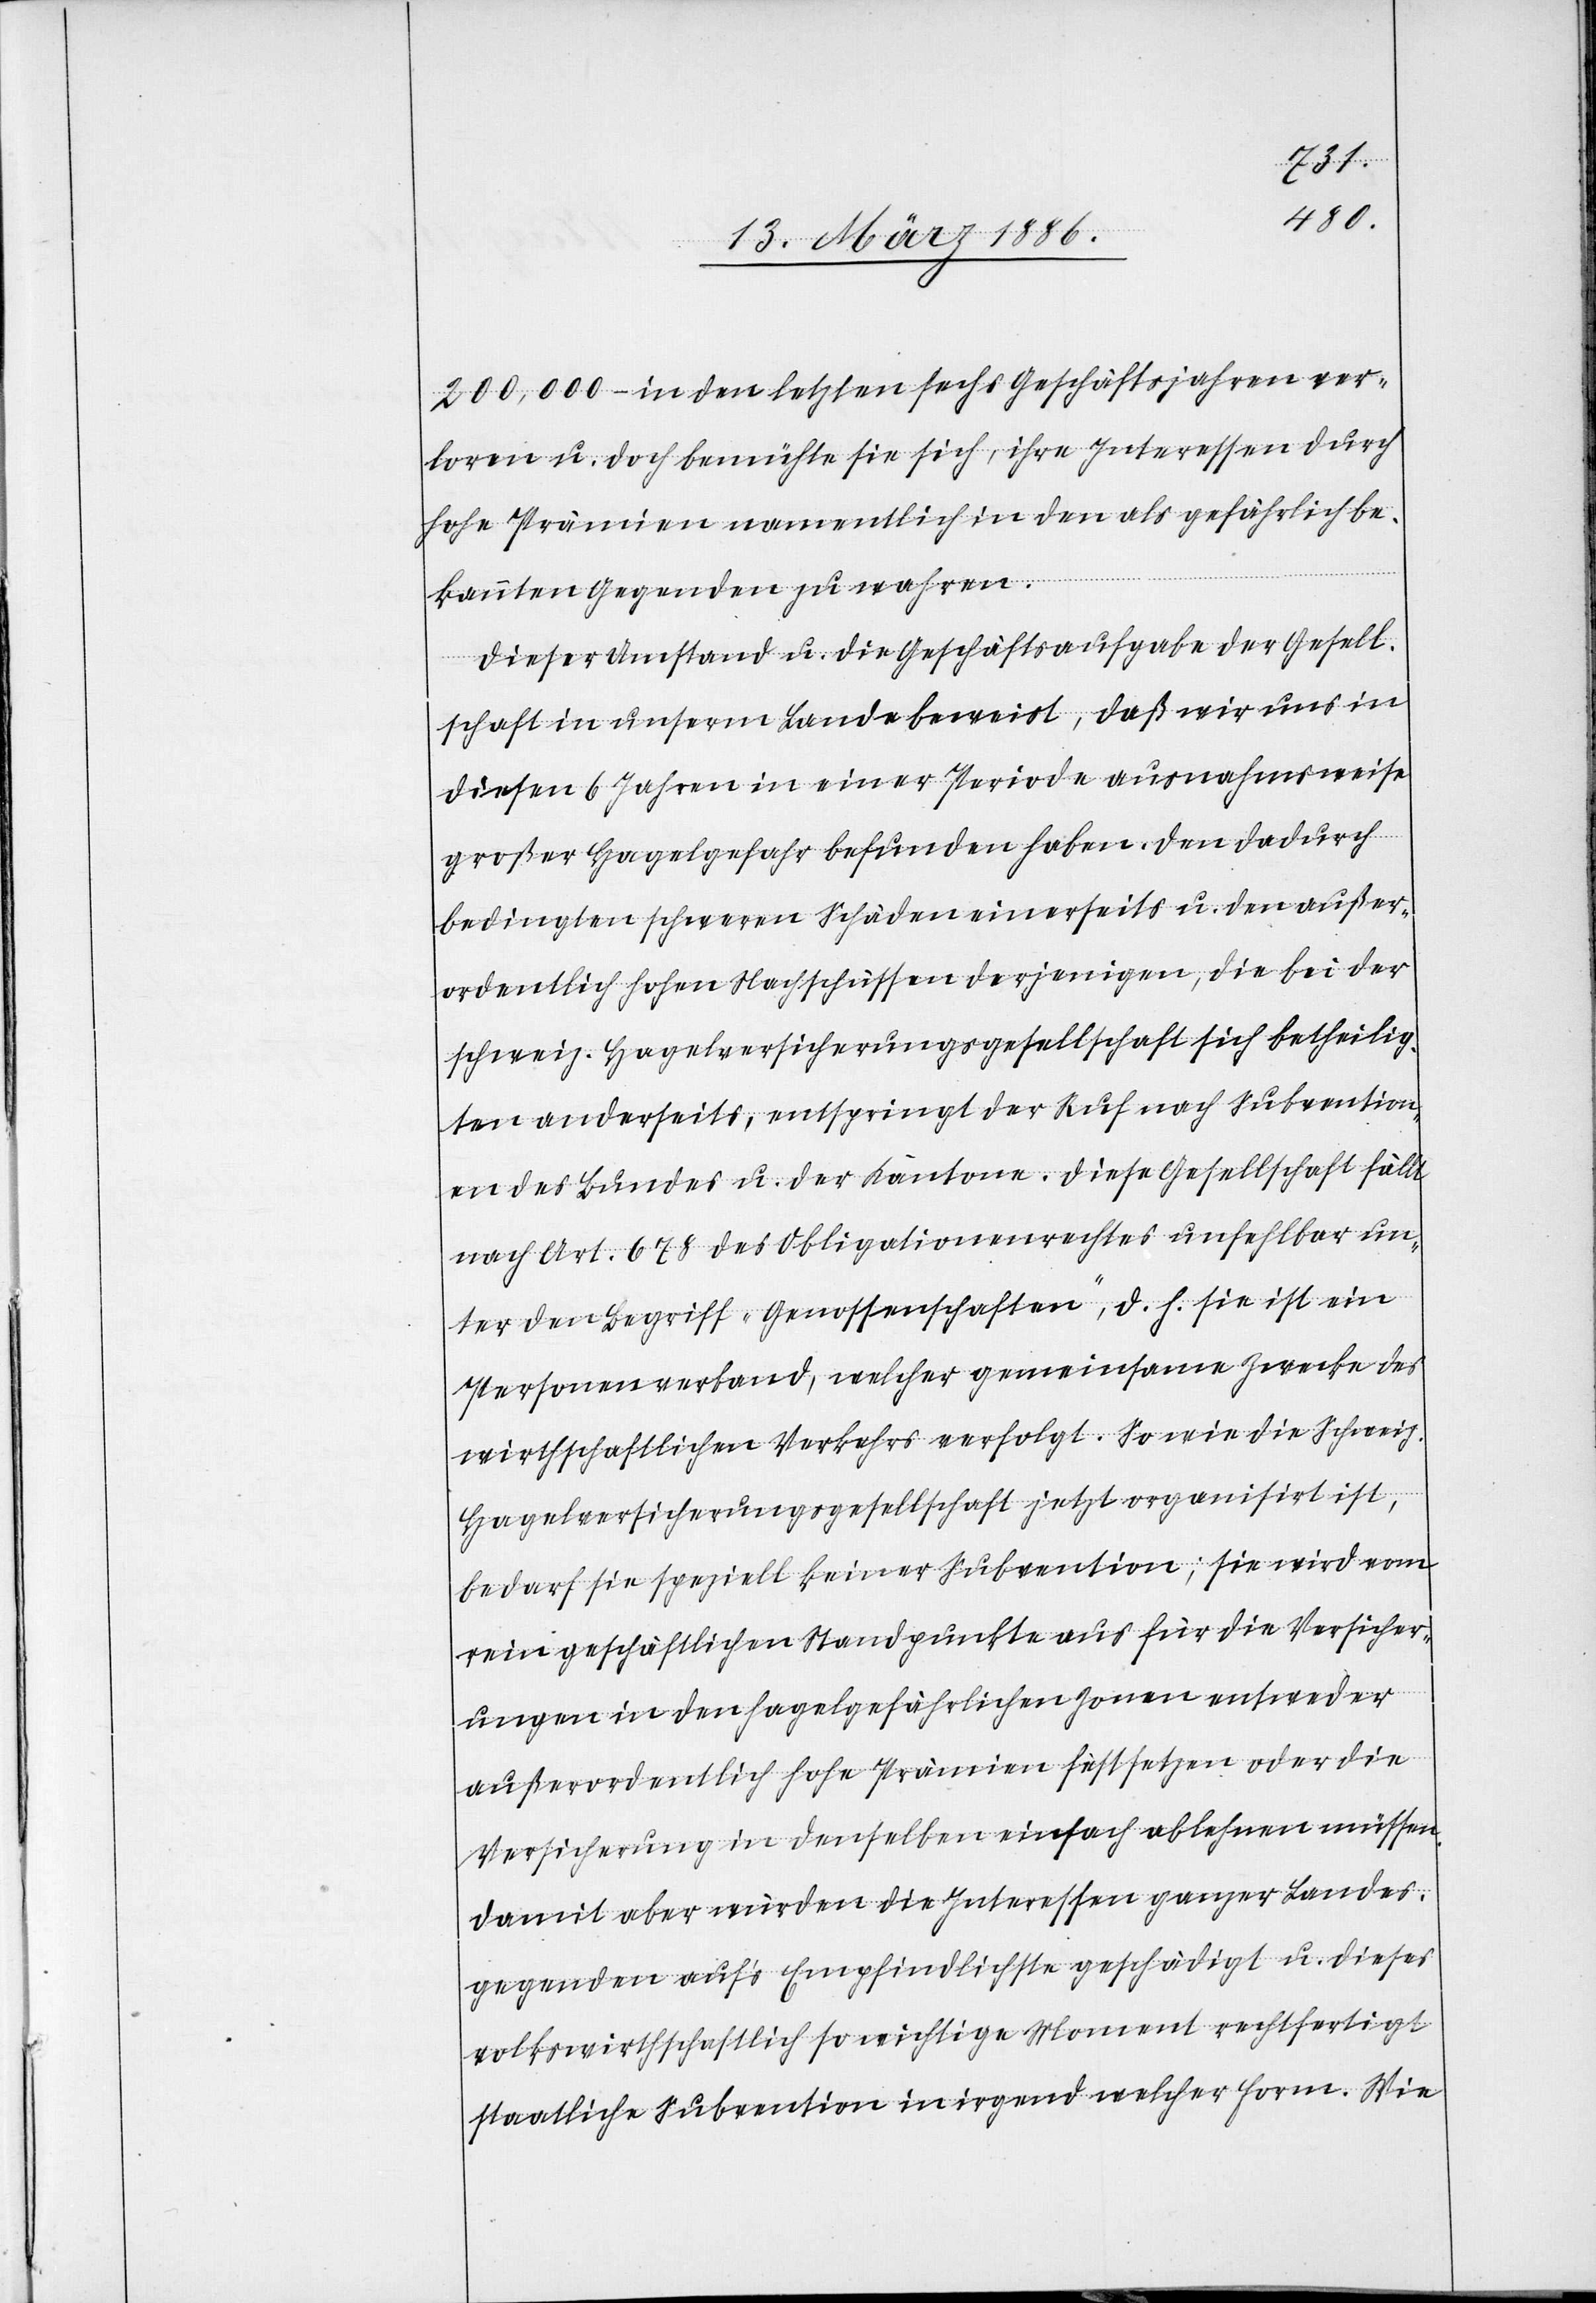
200,000.– in den letzten sechs Geschäftsjahren ver¬
loren u. doch bemühte sie sich, ihre Interessen durch
hohe Prämien namentlich in den als gefährlich be¬
kannten Gegenden zu wahren.
Dieser Umstand u. die Geschäftsaufgabe der Gesell¬
schaft in unserm Lande beweist, daß wir uns in
diesen 6 Jahren in einer Periode ausnahmsweise
großer Hagelgefahr befunden haben. Den dadurch
bedingten schweren Schäden einerseits u. den außer¬
ordentlich hohen Nachschüssen derjenigen, die bei der
schweiz. Hagelversicherungsgesellschaft sich betheilig¬
ten anderseits, entspringt der Ruf nach Subvention¬
en des Bundes u. der Kantone. Diese Gesellschaft fällt
nach Art. 678 des Obligationsrechtes unfehlbar un¬
ter den Begriff „Genossenschaften“, d. h. sie ist ein
Personenverband, welcher gemeinsamen Zwecken des
wirthschaftlichen Verkehrs erfolgt. So wie die schweiz.
Hagelversicherungsgesellschaft jetzt organisiert ist,
bedarf sie speziell keiner Subvention; sie wird vom
rein geschäftlichen Standpunkte aus für die Versicher¬
ungen in den hagelgefährlichen Zonen entweder
außerordentlich hohe Prämien festsetzen oder die
Versicherung in denselben einfach ablehnen müssen.
Damit aber würden die Interessen ganzer Landes¬
gegenden auf’s Empfindlichste geschädigt u. dieses
volkswirthschaftlich so wichtige Moment rechtfertigt
staatliche Subvention in irgend welcher Form. Wie